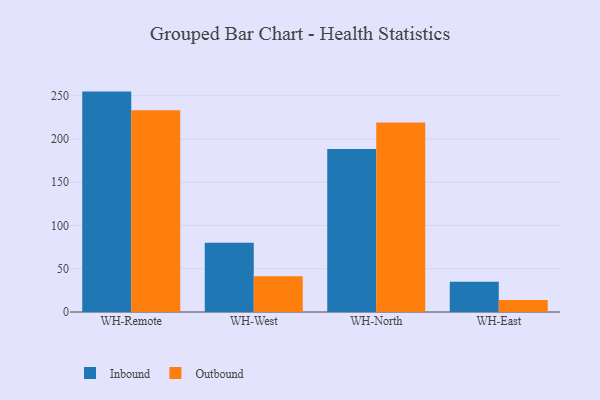
{"axis": {"x": "Warehouse", "y": "Bounce Rate (%)"}, "legend": ["Inbound", "Outbound"], "data": [{"x": "WH-Remote", "y": 254.8, "type": "Inbound"}, {"x": "WH-Remote", "y": 233.1, "type": "Outbound"}, {"x": "WH-West", "y": 80.2, "type": "Inbound"}, {"x": "WH-West", "y": 41.3, "type": "Outbound"}, {"x": "WH-North", "y": 188.4, "type": "Inbound"}, {"x": "WH-North", "y": 219.2, "type": "Outbound"}, {"x": "WH-East", "y": 35.1, "type": "Inbound"}, {"x": "WH-East", "y": 13.9, "type": "Outbound"}]}